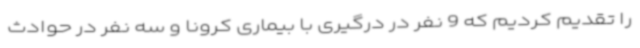
را تقدیم کردیم که 9 نفر در درگیری با بیماری کرونا و سه نفر در حوادث